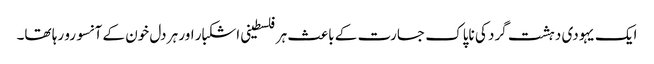
ایک یہودی دہشت گرد کی ناپاک جسارت کے باعث ہرفلسطینی اشکبار اور ہر دل خون کے آنسو رو رہا تھا۔